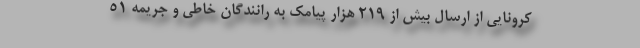
کرونایی از ارسال بیش از ۲۱۹ هزار پیامک به رانندگان خاطی و جریمه ۵۱